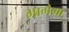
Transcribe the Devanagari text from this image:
भागेगा